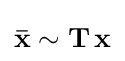
\mathbf {\bar {x}} \sim \mathbf {T} \,\mathbf {x}